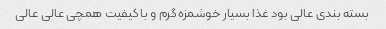
بسته بندی عالی بود غذا بسیار خوشمزه گرم و با کیفیت همچی عالی عالی